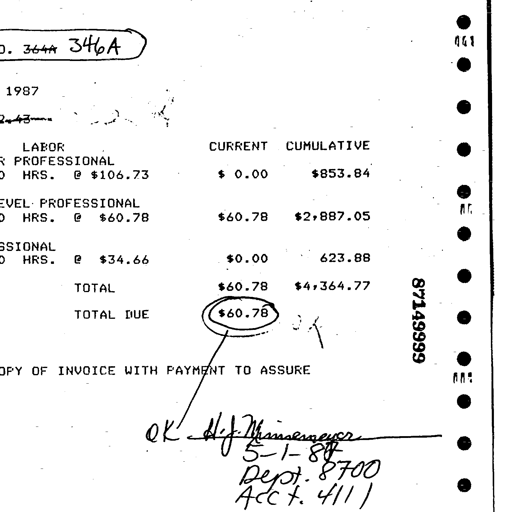
Transcript:
D. 364A 346A
1987
2-4-3-
LABOR CURRENT CUMULATIVE
PROFESSIONAL
HRS. @ $106.73 $ 0.00 $853.84
LEVEL PROFESSIONAL
HRS. @ $60.78 $60.78 $2,887.05
SSIONAL
HRS. @ $34.66 $0.00 623.88
TOTAL $60.78 $4,364.77
TOTAL DUE $60.78
87149999
OPY OF INVOICE WITH PAYMENT TO ASSURE
OK H.J. Munsermeyer
5-1-87
Dept. 8700
Acct. 4111